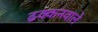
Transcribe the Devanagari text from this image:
ढक्कनवाले